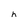
Character: h